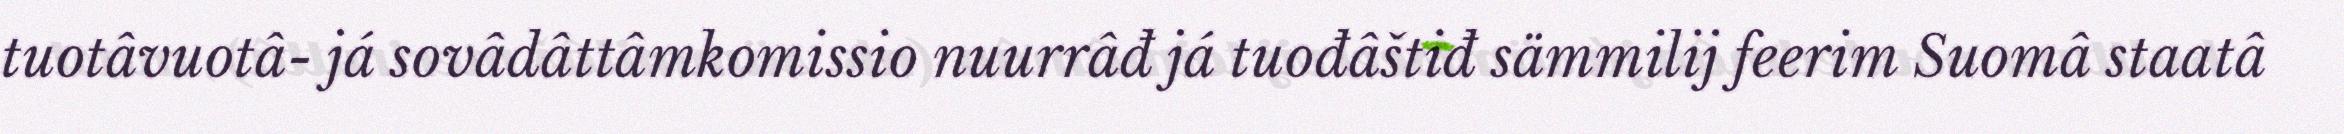
tuotâvuotâ- já sovâdâttâmkomissio nuurrâđ já tuođâštiđ sämmilij feerim Suomâ staatâ